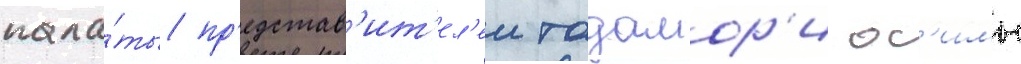
пала́ты пр'едстав'ит'ел'еи тадамор'и ос'имы